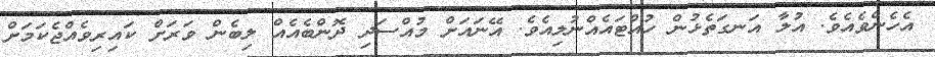
އެހެންވެއެވެ. އުލާ އަނގަތެޅުން ހުއްޓައެއްނުލިއެވެ. އޭނައަށް މުއްސަދި ދޮންބެއެއް ލިބެން ވަރަށް ކައިރިވެއްޖެކަމަށް